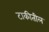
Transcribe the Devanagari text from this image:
टाकीतील